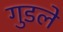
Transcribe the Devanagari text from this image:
गुडले